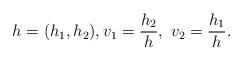
LaTeX: \begin{align*}h=(h_1,h_2), v_1=\frac{h_2}{h},\ v_2=\frac{h_1}{h}.\end{align*}